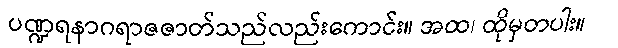
ပဏ္ဍရနာဂရာဇဇာတ်သည်လည်းကောင်း။ အထ၊ ထိုမှတပါး။